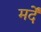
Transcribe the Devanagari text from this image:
मर्दें